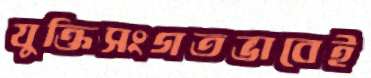
যুক্তিসংগতভাবেই